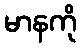
မာနကို